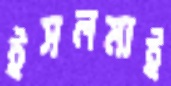
ইসলমাই